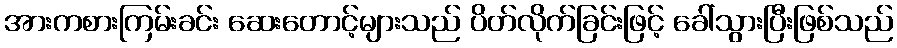
အားကစားကြမ်းခင်း ဆေးတောင့်များသည် ပိတ်လိုက်ခြင်းဖြင့် ခေါ်သွားပြီးဖြစ်သည်